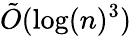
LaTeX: {\tilde{O}}(\log(n)^{3})